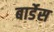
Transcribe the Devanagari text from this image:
बार्डेस